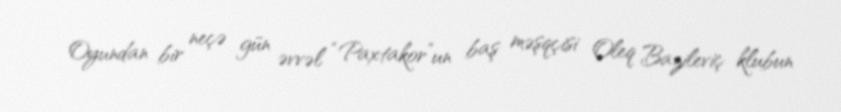
Oyundan bir neçə gün əvvəl “Paxtakor”un baş məşqçisi Oleq Bazileviç klubun